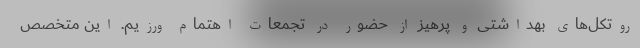
روتکل‌های بهداشتی و پرهیز از حضور در تجمعات اهتمام ورزیم. این متخصص